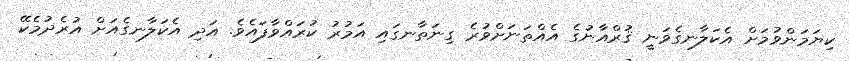
ކިޔަމަންވުމަށް އެކަލާނގެވަނީ ޤުރްއާނުގެ އެއްތަނަށްވުރެ ގިނަތާނގައި އަމުރު ކުރައްވާފައެވެ. އަދި އެކަލާނގެއަށް އުރެދުމެކޭ